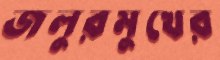
জলুরমুখের